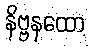
နိဗ္ဗနထော